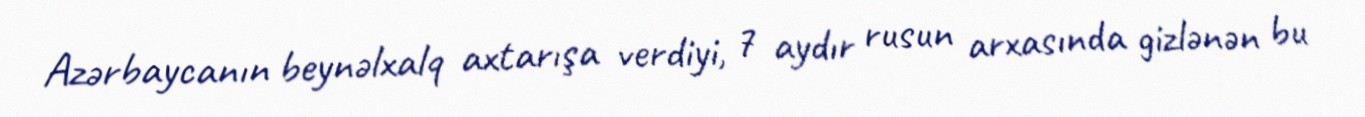
Azərbaycanın beynəlxalq axtarışa verdiyi, 7 aydır rusun arxasında gizlənən bu